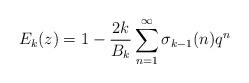
LaTeX: \begin{align*}E_{k}(z)=1-\frac{2k}{B_{k}}\sum^{\infty}_{n=1}\sigma_{k-1}(n)q^n\end{align*}